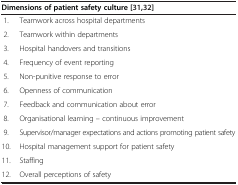
<table><thead><tr><td colspan="2"><b>Dimensions of patient safety culture [31],[32]</b></td></tr></thead><tbody><tr><td>1.</td><td>Teamwork across hospital departments</td></tr><tr><td>2.</td><td>Teamwork within departments</td></tr><tr><td>3.</td><td>Hospital handovers and transitions</td></tr><tr><td>4.</td><td>Frequency of event reporting</td></tr><tr><td>5.</td><td>Non-punitive response to error</td></tr><tr><td>6.</td><td>Openness of communication</td></tr><tr><td>7.</td><td>Feedback and communication about error</td></tr><tr><td>8.</td><td>Organisational learning – continuous improvement</td></tr><tr><td>9.</td><td>Supervisor/manager expectations and actions promoting patient safety</td></tr><tr><td>10.</td><td>Hospital management support for patient safety</td></tr><tr><td>11.</td><td>Staffing</td></tr><tr><td>12.</td><td>Overall perceptions of safety</td></tr></tbody></table>